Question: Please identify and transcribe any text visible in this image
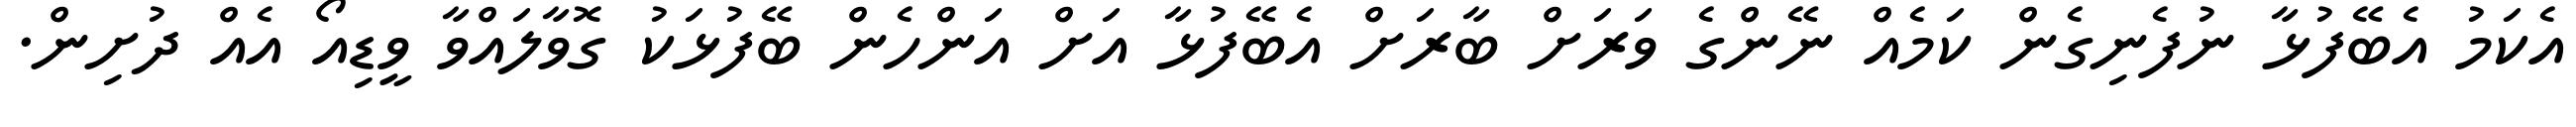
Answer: އެކަމު އެބޭފުޅާ ނުފެނިގެން ކަމެއް ނޭންގެ ވަރަށް ބާރަށް އެބޭފުޅާ އަށް އަންހެން ބޭފުޅަކު ގޮވާލައްވާ ވީޑިއޯ އެއް ދުށިން.